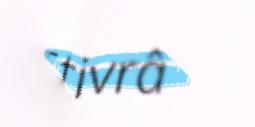
Stivrâ